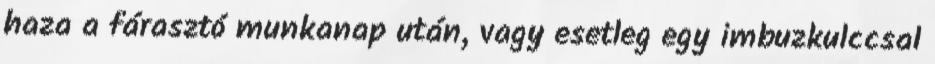
haza a fárasztó munkanap után, vagy esetleg egy imbuzkulccsal